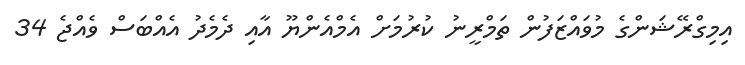
އިމިގްރޭޝަންގެ މުވައްޒަފުން ތަމްރީނު ކުރުމަށް އެމްއެންޔޫ އާއި ދެމެދު އެއްބަސް ވެއްޖެ 34